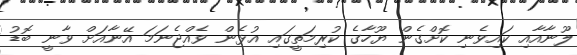
ލޫނާއާއި ކައިވެނި ކޮށްގެން ޔޫހާގެ ކުރިމަތީގައި އުޅެން ވެއްޖެނަމަ އޭނާއަށް ވާނީ ބޮޑު